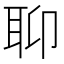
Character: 𦕅